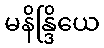
မနိန္ဒြိယေ